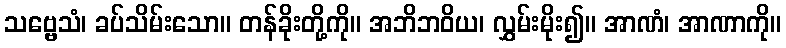
သဗ္ဗေသံ၊ ခပ်သိမ်းသော။ တန်ခိုးတို့ကို။ အဘိဘဝိယ၊ လွှမ်းမိုး၍။ အာဏံ၊ အာဏာကို။